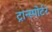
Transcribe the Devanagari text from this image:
ट्रान्स्पोर्टर